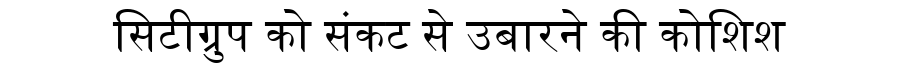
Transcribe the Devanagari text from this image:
सिटीग्रुप को संकट से उबारने की कोशिश